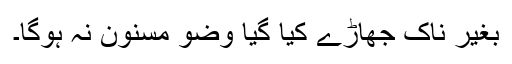
بغیر ناک جھاڑے کیا گیا وضو مسنون نہ ہوگا۔